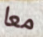
معا